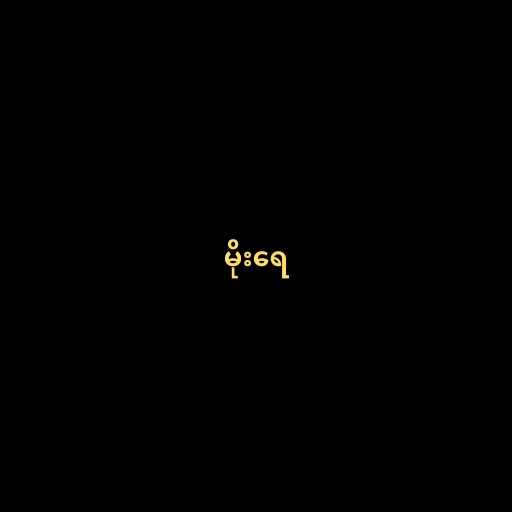
မိုးရေ